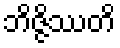
ဘိဇ္ဇိဿတိ